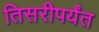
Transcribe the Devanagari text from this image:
तिसरीपर्यंत